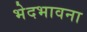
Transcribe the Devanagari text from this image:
भेदभावना